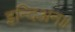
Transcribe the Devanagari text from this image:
इन्दिअन॥